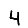
Digit: 4